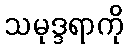
သမုဒ္ဒရာကို